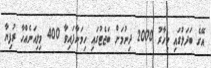
އޭގެ ބަދަލުގައި މިހާރު 2000 ދިނުމަށް ބަޖެޓުގައި ހިމަނާފައިވާ 400 މިލިއަނެއްހާ ރުފިޔާ